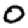
Digit: 0